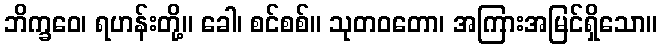
ဘိက္ခဝေ၊ ရဟန်းတို့။ ခေါ၊ စင်စစ်။ သုတဝတော၊ အကြားအမြင်ရှိသော။